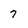
Character: 7